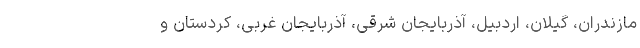
مازندران، گیلان، اردبیل، آذربایجان شرقی، آذربایجان غربی، کردستان و